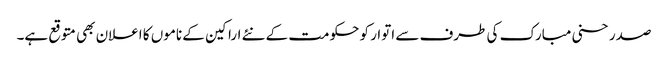
صدر حسنی مبارک کی طرف سے اتوار کو حکومت کے نئے اراکین کے ناموں کا اعلان بھی متوقع ہے۔